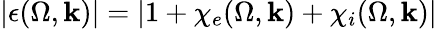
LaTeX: |\epsilon(\Omega,\mathbf{k})|=|1+\chi_{e}(\Omega,\mathbf{k})+\chi_{i}(\Omega,\mathbf{k})|